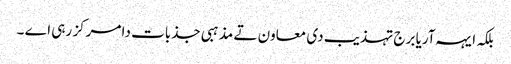
بلکہ ایہہ آریا برج تہذیب دی معاون تے مذہبی جذبات دا مرکز رہی اے ۔